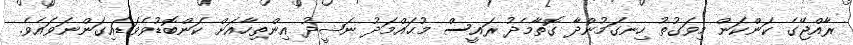
ރާއްޖޭގެ ކަންކަން މިވަގުތު ހިނގަމުންދާ ގޮތާމެދު ރައީސް މުޙައްމަދު ނަޝީދު އިންތިހާއަށް ކަންބޮޑުވެވަޑައިގަންނަވައެވެ.